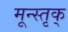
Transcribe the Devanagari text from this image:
मून्स्तृक्